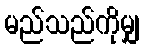
မည်သည်ကိုမျှ